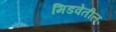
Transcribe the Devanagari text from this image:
मिडवेतील